system: You are a helpful assistant.
user:
Analyze the provided spectrum to determine if it is a **S-type Star**.

- **Key Indicators for S-type Star:**

    - **(Overall Spectrum Shape):** The first and most obvious characteristic is the overall continuum (the "baseline" shape). It is **extremely "red-sloping,"** meaning the flux (light intensity) is very low on the left side (blue, ~4000-4500 Å) and rises steeply and continuously toward the right side (red, ~7000 Å+).

    - **(Primary):** The spectrum is defined by the presence of strong, broad molecular absorption "valleys" (bands) from **Zirconium Oxide (ZrO)**. The identification of these bands is the **primary requirement** for classifying a star as S-type.
        - **(Key Bandheads):** You must find distinct, deep "dips" where the light has been absorbed. The most critical band systems to locate are:
            - **~6474 Å** ($\gamma$-system): This is often the strongest and clearest ZrO feature, found in the red part of the spectrum.
            - **~5718 Å** & **~5551 Å** ($\beta$-system): A pair of prominent absorption features in the yellow-orange part of the spectrum.
            - **~4640 Å** ($\alpha$-system): A key absorption band system in the blue-green region of the spectrum.

    - **(Secondary Confirmation):** The classification is strengthened by finding additional absorption bands from other related heavy element oxides, which are expected to be present alongside ZrO.
        - **(Key Bandheads):**
            - **Yttrium Oxide (YO):** Look for absorption dips near **~4800 Å** and **~6100 Å**.
            - **Lanthanum Oxide (LaO):** Additional absorption features, particularly in the red-orange part of the spectrum, are also characteristic.

    - **(Line Profile):** The combination of the steep red continuum and these numerous, deep molecular bands (ZrO, YO, etc.) gives the entire spectrum a very **"chopped-up"** or **"bumpy"** appearance. Instead of a smooth curve, the spectrum looks as though large, wide chunks of light have been "carved out" of it at the specific wavelengths listed above.

Think first, call **spectral_visualization_tool** if needed to examine features in detail, then provide your final answer. Your response must adhere to the following strict rules:
1.  **Overall Structure:** Your response must follow the format `<think>...</think> <tool_call>...</tool_call> (if a tool is used) <answer>...</answer>`.
2.  **Tool Usage Constraint:** You may only make **one** tool call per turn.
3.  **Final Answer Format:** In the `<answer>` tag, your conclusion must be inside a `\boxed{}` command (e.g., `\boxed{YES}` or `\boxed{NO}`), followed by your justification.

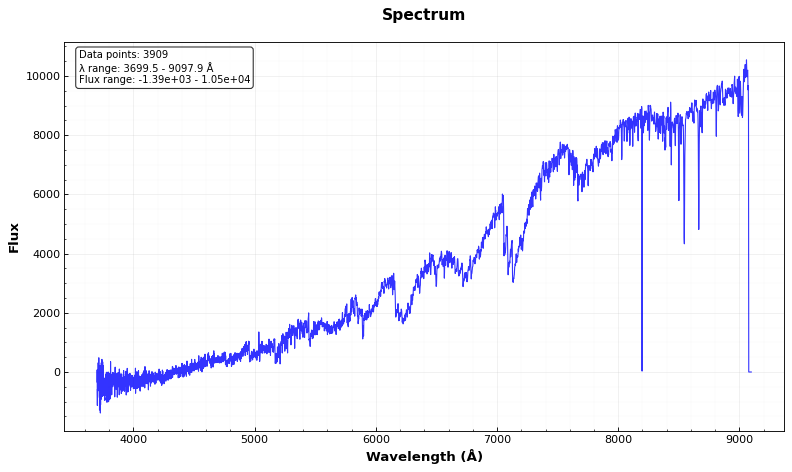
Answer: YES